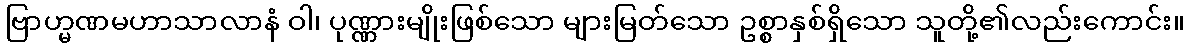
ဗြာဟ္မဏမဟာသာလာနံ ဝါ၊ ပုဏ္ဏားမျိုးဖြစ်သော များမြတ်သော ဥစ္စာနှစ်ရှိသော သူတို့၏လည်းကောင်း။